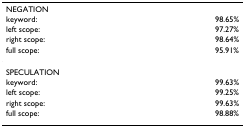
<table><thead><tr><td><b>NEGATION</b></td><td></td></tr><tr><td><b>keyword:</b></td><td><b>98.65%</b></td></tr><tr><td><b>left scope:</b></td><td><b>97.27%</b></td></tr><tr><td><b>right scope:</b></td><td><b>98.64%</b></td></tr><tr><td><b>full scope:</b></td><td><b>95.91%</b></td></tr></thead><tbody><tr><td>SPECULATION</td><td></td></tr><tr><td>keyword:</td><td>99.63%</td></tr><tr><td>left scope:</td><td>99.25%</td></tr><tr><td>right scope:</td><td>99.63%</td></tr><tr><td>full scope:</td><td>98.88%</td></tr></tbody></table>